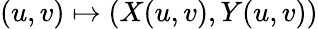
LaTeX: (u,v)\mapsto(X(u,v),Y(u,v))